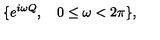
\{ e ^ { i \omega Q } , \quad 0 \le \omega < 2 \pi \} ,